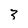
Character: 3